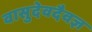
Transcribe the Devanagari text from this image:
वासुदेवदैवज्ञ